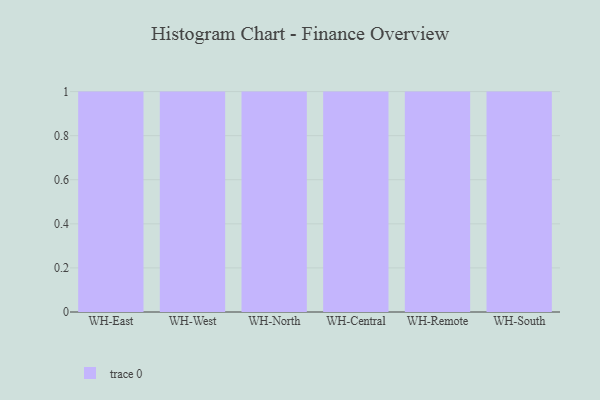
{"axis": {"x": "Warehouse", "y": "Active Users"}, "legend": [""], "data": [{"x": "WH-East", "y": 64, "type": ""}, {"x": "WH-West", "y": 56, "type": ""}, {"x": "WH-North", "y": 13, "type": ""}, {"x": "WH-Central", "y": 6, "type": ""}, {"x": "WH-Remote", "y": 44, "type": ""}, {"x": "WH-South", "y": 2, "type": ""}]}